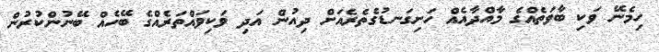
ހިމެނޭ ވަކި ބާވަތެއްގެ މާއްދާއެއް ހަށިގަނޑުގެތެރެއަށް ދިއުން އަދި ވަކިވައްތަރެއްގެ ބޭހެއް ބޭނުންކުރުން